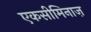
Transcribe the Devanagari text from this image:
एकसीमिनाज़